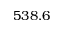
5 3 8 . 6